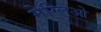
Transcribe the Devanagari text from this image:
मेग्लिओ